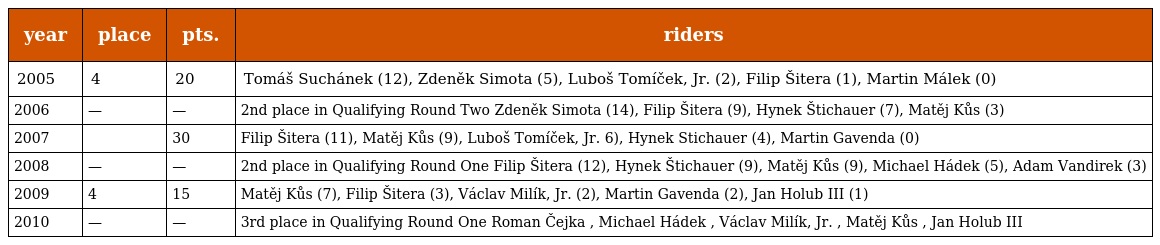
| year | place | pts. | riders |
 | --- | --- | --- | --- |
 | 2005 | 4 | 20 | Tomáš Suchánek (12), Zdeněk Simota (5), Luboš Tomíček, Jr. (2), Filip Šitera (1), Martin Málek (0) |
 | 2006 | — | — | 2nd place in Qualifying Round Two Zdeněk Simota (14), Filip Šitera (9), Hynek Štichauer (7), Matěj Kůs (3) |
 | 2007 |  | 30 | Filip Šitera (11), Matěj Kůs (9), Luboš Tomíček, Jr. 6), Hynek Stichauer (4), Martin Gavenda (0) |
 | 2008 | — | — | 2nd place in Qualifying Round One Filip Šitera (12), Hynek Štichauer (9), Matěj Kůs (9), Michael Hádek (5), Adam Vandirek (3) |
 | 2009 | 4 | 15 | Matěj Kůs (7), Filip Šitera (3), Václav Milík, Jr. (2), Martin Gavenda (2), Jan Holub III (1) |
 | 2010 | — | — | 3rd place in Qualifying Round One Roman Čejka , Michael Hádek , Václav Milík, Jr. , Matěj Kůs , Jan Holub III |